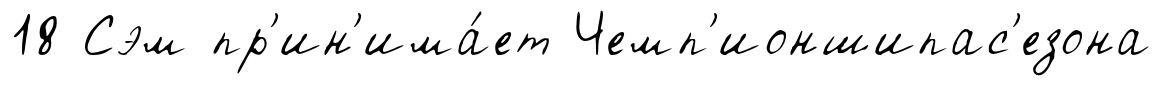
18 Сэм пр'ин'има́ет Чемп'ионшипас'езона